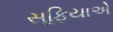
સૂફિયાએ